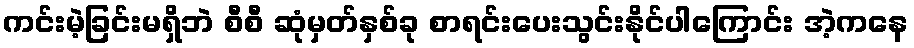
ကင်းမဲ့ခြင်းမရှိဘဲ စီစီ ဆုံမှတ်နှစ်ခု စာရင်းပေးသွင်းနိုင်ပါကြောင်း အဲ့ကနေ